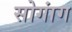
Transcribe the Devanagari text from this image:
सोगांग